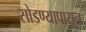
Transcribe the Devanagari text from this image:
सोडण्यापासून